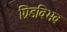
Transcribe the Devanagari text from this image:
ग्रिडविभव